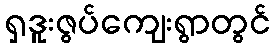
ရှဒူးဇွပ်ကျေးရွာတွင်